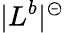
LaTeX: |L^{b}|^{\circleddash}